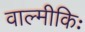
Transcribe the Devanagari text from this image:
वाल्मीकिः